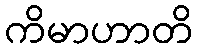
ကိမာဟာတိ